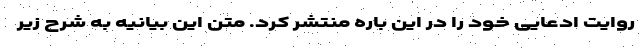
روایت ادعایی خود را در این باره منتشر کرد. متن این بیانیه به شرح زیر